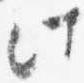
此